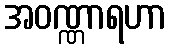
အဝဏ္ဏာရဟာ